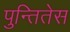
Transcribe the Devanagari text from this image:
पुन्तितेस